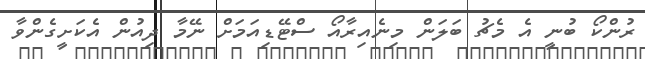
ރުންކޯ ބުނީ އެ މެޗު ބަލަން މިނެއިރާއޯ ސްޓޭޑިއަމަށް ނޭމާ ދިއުން އެކަށީގެންވާ